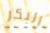
البكر